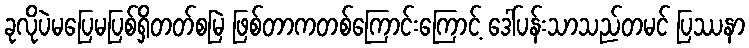
ခုလိုပဲမပြေမပြစ်ရှိတတ်စမြဲ ဖြစ်တာကတစ်ကြောင်းကြောင့် ဒေါ်ပန်းသာသည်တမင် ပြဿနာ